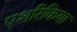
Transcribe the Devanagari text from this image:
एशरिकिया